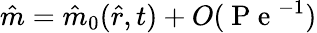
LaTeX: \hat{m}=\hat{m}_{0}(\hat{r},t)+O(\mathrm{~P~e~}^{-1})